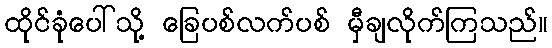
ထိုင်ခုံပေါ်သို့ ခြေပစ်လက်ပစ် မှီချလိုက်ကြသည်။